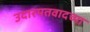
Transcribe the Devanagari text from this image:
उदारमतवादच्या